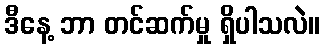
ဒီနေ့ ဘာ တင်ဆက်မှု ရှိပါသလဲ။